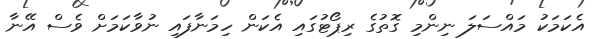
އެކަމަކު މައްސަލަ ނިންމި ގޮތުގެ ރިޕޯޓުގައި އެކަން ހިމަނާފައި ނުވާކަމަށް ވެސް އޭނާ